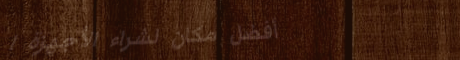
أفضل مكان لشراء الأجهزة ا